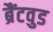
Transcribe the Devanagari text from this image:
ब्रैंटवुड